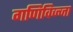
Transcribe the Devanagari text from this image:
गणिविज्जा